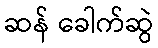
ဆန် ခေါက်ဆွဲ